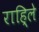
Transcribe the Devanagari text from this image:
राहि्ले